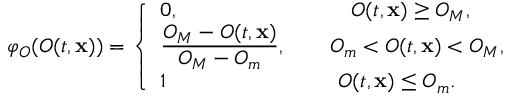
\varphi _ { O } ( O ( t , \mathbf { x } ) ) = \left\{ \begin{array} { l l } { 0 , \qquad \qquad \qquad \quad \quad O ( t , \mathbf { x } ) \geq O _ { M } , } \\ { \displaystyle \frac { O _ { M } - O ( t , \mathbf { x } ) } { O _ { M } - O _ { m } } , \quad \quad O _ { m } < O ( t , \mathbf { x } ) < O _ { M } , } \\ { \displaystyle 1 \qquad \qquad \quad \qquad \quad O ( t , \mathbf { x } ) \leq O _ { m } . } \end{array} \right.